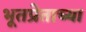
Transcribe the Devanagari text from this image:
भूतप्रेताच्या